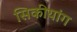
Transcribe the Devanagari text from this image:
सिकीयांग